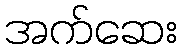
အက်ဆေး